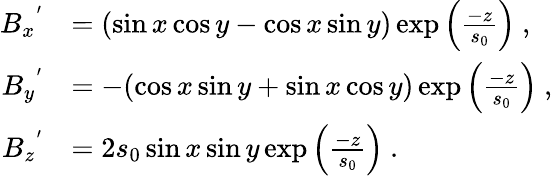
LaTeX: \begin{array}{rl}{{B_{x}}^{'}}&{=(\sin x\cos y-\cos x\sin y)\exp\left(\frac{-z}{s_{0}}\right)~,}\\ {{B_{y}}^{'}}&{=-(\cos x\sin y+\sin x\cos y)\exp\left(\frac{-z}{s_{0}}\right)~,}\\ {{B_{z}}^{'}}&{=2s_{0}\sin x\sin y\exp\left(\frac{-z}{s_{0}}\right)~.}\end{array}